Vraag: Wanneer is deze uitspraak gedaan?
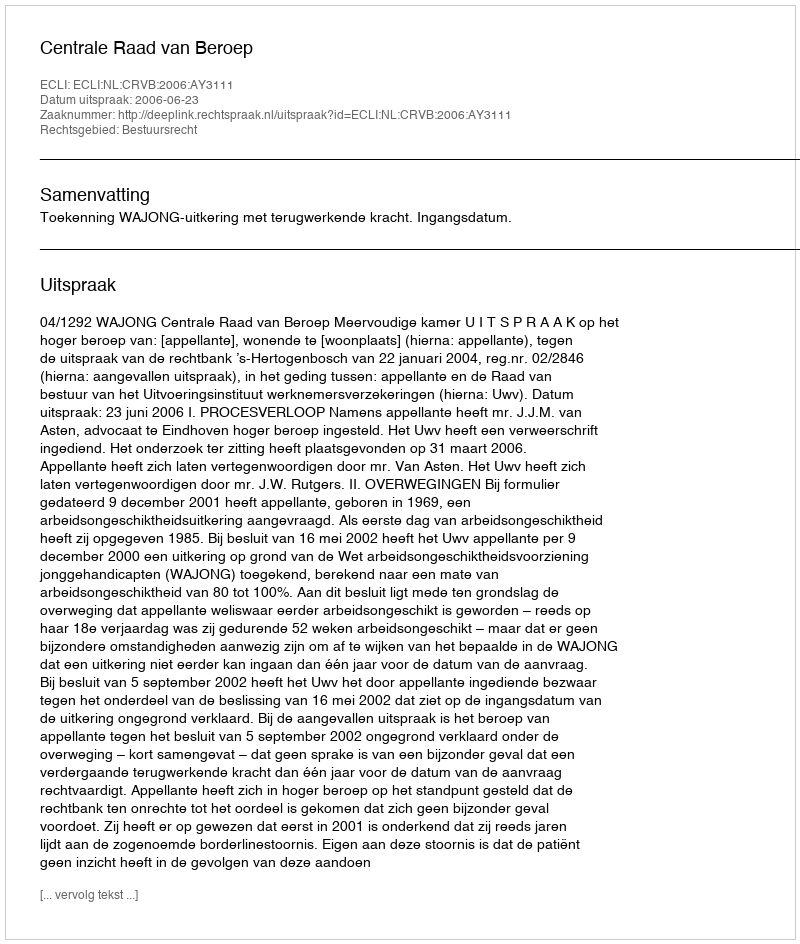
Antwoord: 2006-06-23